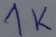
Text: 1K